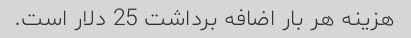
هزینه هر بار اضافه برداشت 25 دلار است.